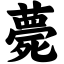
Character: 薨